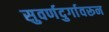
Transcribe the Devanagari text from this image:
सुवर्णदुर्गावरून